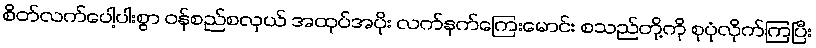
စိတ်လက်ပေါ့ပါးစွာ ဝန်စည်စလှယ် အထုပ်အပိုး လက်နက်ကြေးမောင်း စသည်တို့ကို စုပုံလိုက်ကြပြီး